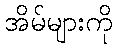
အိမ်များကို